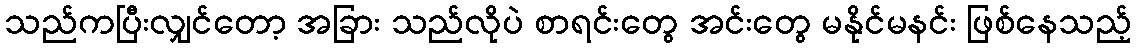
သည်ကပြီးလျှင်တော့ အခြား သည်လိုပဲ စာရင်းတွေ အင်းတွေ မနိုင်မနင်း ဖြစ်နေသည့်